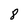
Character: 8